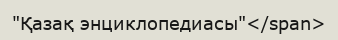
"Қазақ энциклопедиасы"</span>